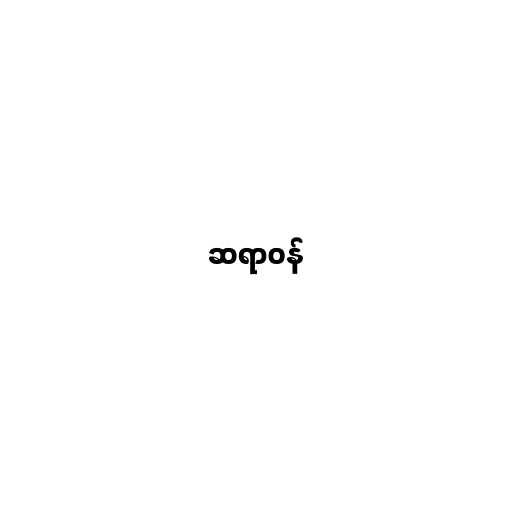
ဆရာဝန်